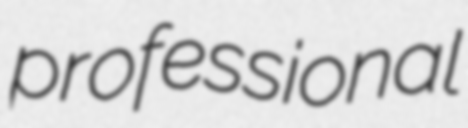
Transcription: professional